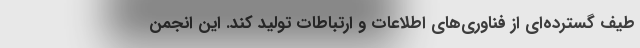
طیف گسترده‌ای از فناوری‌های اطلاعات و ارتباطات تولید کند. این انجمن